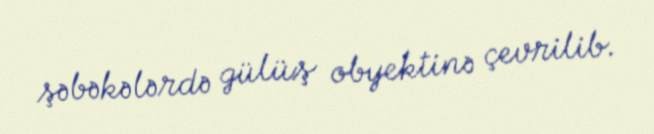
şəbəkələrdə gülüş obyektinə çevrilib.